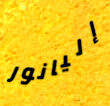
إليانور